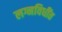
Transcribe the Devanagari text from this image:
लग्नविधींत